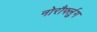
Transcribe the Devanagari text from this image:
नोरौर्फ्लुग